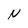
Character: N